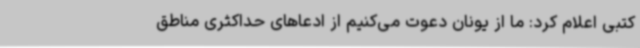
کتبی اعلام کرد: ما از یونان دعوت می‌کنیم از ادعاهای حداکثری مناطق